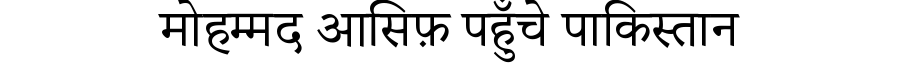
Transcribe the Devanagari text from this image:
मोहम्मद आसिफ़ पहुँचे पाकिस्तान